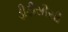
ડીટીસીસી